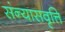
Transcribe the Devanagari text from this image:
संन्यासवृत्ति